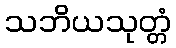
သဘိယသုတ္တံ